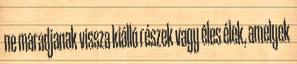
ne maradjanak vissza kiálló részek vagy éles élek, amelyek